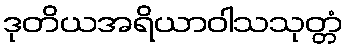
ဒုတိယအရိယာဝါသသုတ္တံ